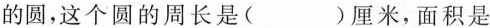
的圆，这个圆的周长是( )厘米，面积是